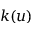
k ( u )